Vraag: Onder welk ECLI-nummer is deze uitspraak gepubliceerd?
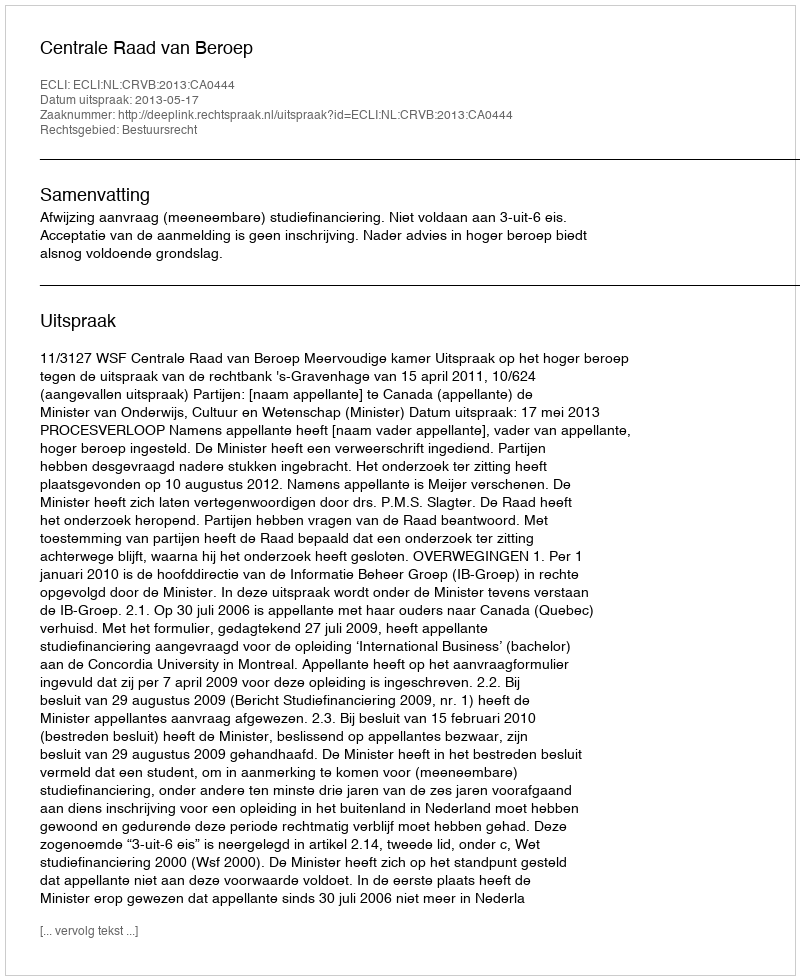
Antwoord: ECLI:NL:CRVB:2013:CA0444